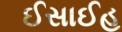
ઈસાઈહ